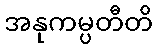
အနုကမ္ပတီတိ